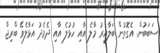
ސަބަބުން. އެގޮތުން ބަލާއިރު މާލެ އާއި ހުޅުލެ އާއި ދެމެދު އަޅާލެވޭ ބްރިޖް